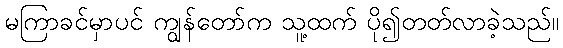
မကြာခင်မှာပင် ကျွန်တော်က သူ့ထက် ပို၍တတ်လာခဲ့သည်။